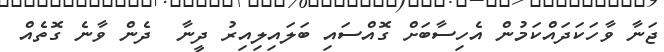
ޖަނާ ވާހަކަދައްކަމުން އެހިސާބަށް ގޮއްސައި ބަލައިލިއިރު ދީނާ  ދެން ވާނެ ގޮތެއް